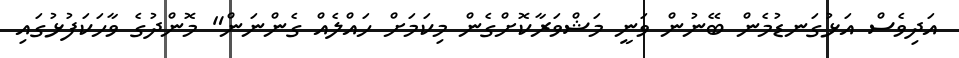
އަދިވެސް އަޅުގަނޑުމެން ބޭނުން ވަނީ މަޝްވަރާކޮށްގެން މިކަމަށް ހައްލެއް ގެންނަން" މޮންދުގެ ވާހަކަފުޅުގައި